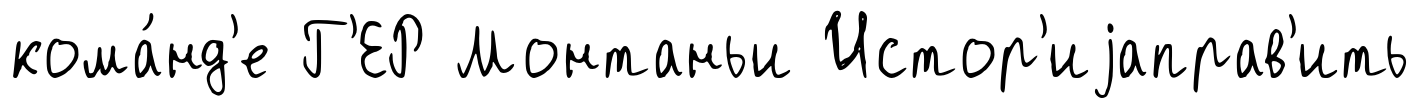
кома́нд'е Г'ЕР Монтаньи Истор'иjаправ'ить